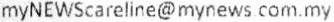
MYNEWSCARELINE@MYNEWS COM.MY